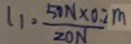
l _ { 1 } = \frac { 5 0 N \times 0 . 2 m } { 2 0 N }